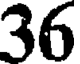
36